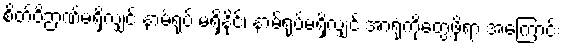
စိတ်ဝိဉာဏ်မရှိလျှင် နာမ်ရုပ် မရှိနိုင်၊ နာမ်ရုပ်မရှိလျှင် အာရုံကိုတွေ့ဖို့ရာ အကြောင်း